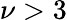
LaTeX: \nu>3